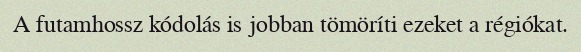
A futamhossz kódolás is jobban tömöríti ezeket a régiókat.